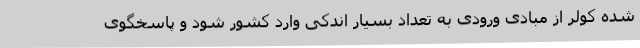
شده کولر از مبادی ورودی به تعداد بسیار اندکی وارد کشور شود و پاسخگوی